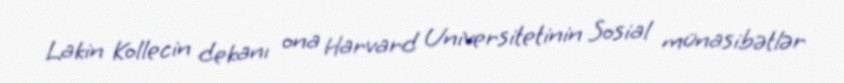
Lakin Kollecin dekanı ona Harvard Universitetinin Sosial münasibətlər